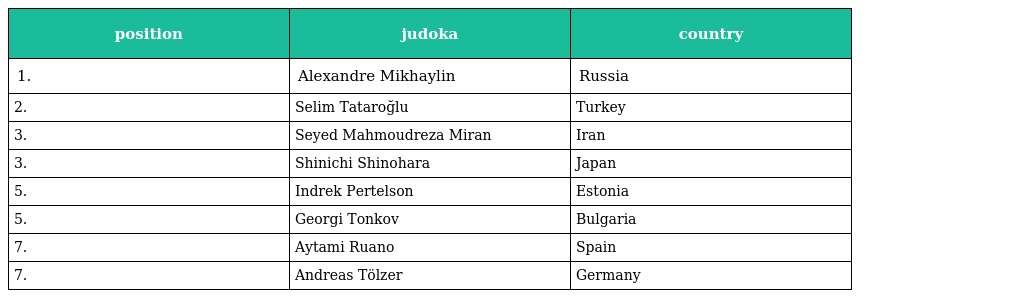
| position | judoka | country |
 | --- | --- | --- |
 | 1. | Alexandre Mikhaylin | Russia |
 | 2. | Selim Tataroğlu | Turkey |
 | 3. | Seyed Mahmoudreza Miran | Iran |
 | 3. | Shinichi Shinohara | Japan |
 | 5. | Indrek Pertelson | Estonia |
 | 5. | Georgi Tonkov | Bulgaria |
 | 7. | Aytami Ruano | Spain |
 | 7. | Andreas Tölzer | Germany |